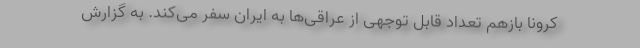
کرونا بازهم تعداد قابل توجهی از عراقی‌ها به ایران سفر می‌کند. به گزارش